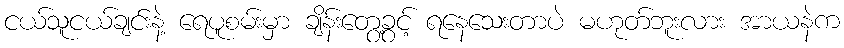
ငယ်သူငယ်ချင်းနဲ့ ရေပူစမ်းမှာ ချိန်းတွေ့ခွင့် ရနေသေးတာပဲ မဟုတ်ဘူးလား အာယနဲက